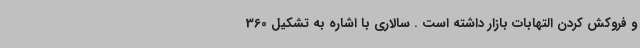
و فروکش کردن التهابات بازار داشته است . سالاری با اشاره به تشکیل 360